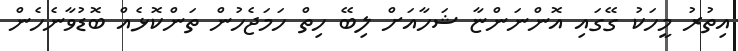
އިތުރު މީހަކު ގޭގައި އޮންނަންޏާ ޝަހާއަށް ލިބޭ ހިތް ހަމަޖެހުން ތަންކޮޅެއް ބޮޑުވާނެހެން